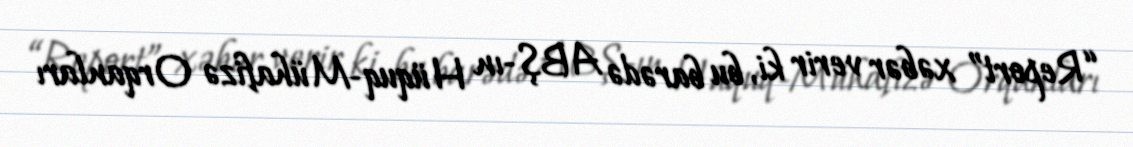
“Report” xəbər verir ki, bu barədə ABŞ-ın Hüquq-Mühafizə Orqanları